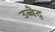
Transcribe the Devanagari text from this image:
उब्बैद्